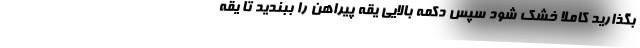
بگذارید کاملا خشک شود سپس دکمه بالایی یقه پیراهن را ببندید تا یقه